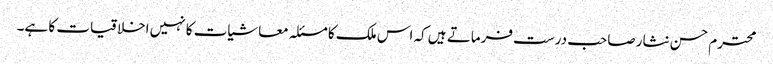
محترم حسن نثار صاحب درست فرماتے ہیں کہ اس ملک کا مسئلہ معاشیات کا نہیں اخلاقیات کا ہے۔